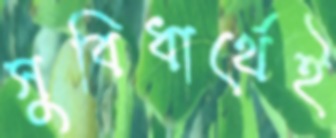
সুবিধার্থেই